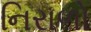
નિરાળો